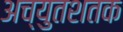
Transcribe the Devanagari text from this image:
अच्युतशतक